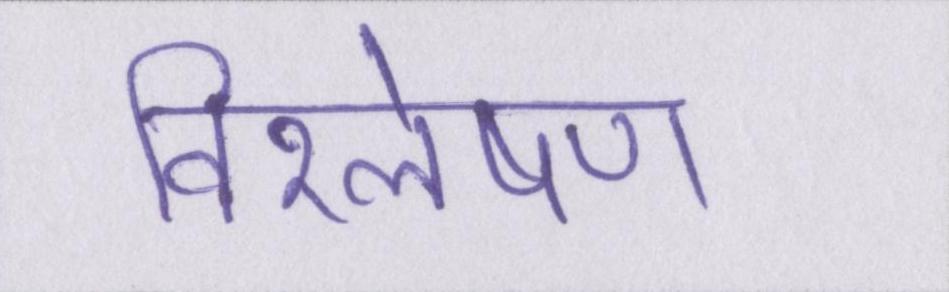
विश्लेषण